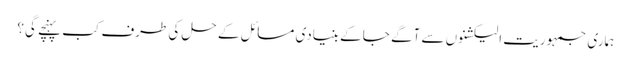
ہماری جمہوریت الیکشنوں سے آگے جا کے بنیادی مسائل کے حل کی طرف کب پہنچے گی؟